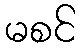
မစင်